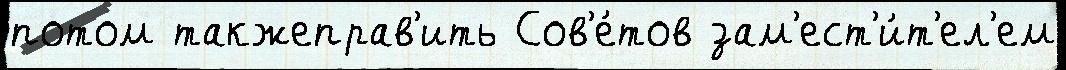
потом такжеправ'ить Сов'е́тов зам'ест'и́т'ел'ем